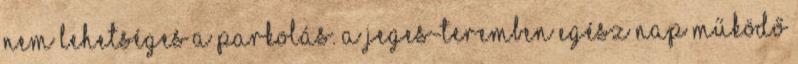
nem lehetséges a parkolás. A Jeges-teremben egész nap működő